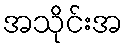
အသိုင်းအ